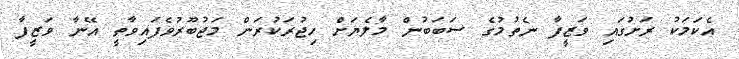
އެކަމަކު ރަށުގައި ވަޒީފާ ނެތުމުގެ ސަބަބުން މާލެޔަށް ހިޖުރަކުރަން މަޖުބޫރުވެފައިވާތީ އޭނާ ވަޒީފާ